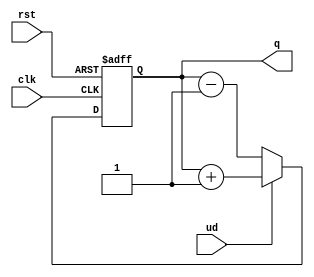
module UpDownCounter (
    input wire clk,         // Clock signal
    input wire rst,         // Asynchronous reset
    input wire ud,          // Up/Down control signal (1 for up, 0 for down)
    output reg [7:0] q      // 8-bit counter output
);
    
    // Asynchronous reset
    always @(posedge clk or posedge rst) begin
        if (rst) begin
            q <= 8'b00000000; // Reset counter to 0
        end else begin
            if (ud) begin
                q <= q + 1;   // Count up
            end else begin
                q <= q - 1;   // Count down
            end
        end
    end

endmodule